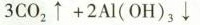
3 C O _ { 2 } \uparrow + 2 A l ( O H ) _ { 3 } \downarrow$$